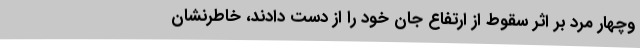
وچهار مرد بر اثر سقوط از ارتفاع جان خود را از دست دادند، خاطرنشان